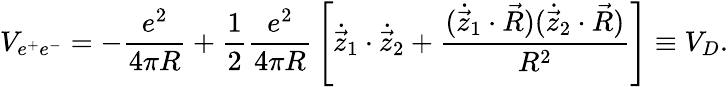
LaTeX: V_{e^{+}e^{-}}=-{\frac{e^{2}}{4\pi R}}+{\frac{1}{2}}{\frac{e^{2}}{4\pi R}}\left[{\dot{\vec{z}}}_{1}\cdot{\dot{\vec{z}}}_{2}+{\frac{({\dot{\vec{z}}}_{1}\cdot\vec{R})({\dot{\vec{z}}}_{2}\cdot\vec{R})}{R^{2}}}\right]\equiv V_{D}.